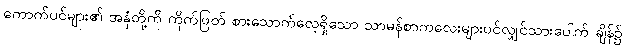
ကောက်ပင်များ၏ အနှံတို့ကို ကိုက်ဖြတ် စားသောက်လေ့ရှိသော သာမန်စာကလေးများပင်လျှင်သားပေါက် ချိန်၌